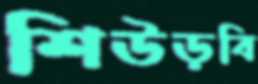
শিউড়বি